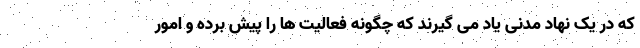
که در یک نهاد مدنی یاد می گیرند که چگونه فعالیت ها را پیش برده و امور